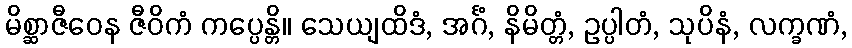
မိစ္ဆာဇီဝေန ဇီဝိကံ ကပ္ပေန္တိ။ သေယျထိဒံ, အင်္ဂံ, နိမိတ္တံ, ဥပ္ပါတံ, သုပိနံ, လက္ခဏံ,